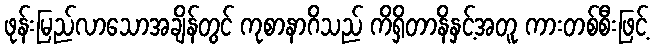
ဖုန်းမြည်လာသောအချိန်တွင် ကုစာနာဂိသည် ကိရှိတာနိနှင့်အတူ ကားတစ်စီးဖြင့်